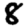
Digit: 8